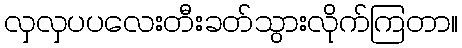
လှလှပပလေးတီးခတ်သွားလိုက်ကြတာ။